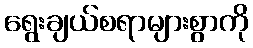
ရွေးချယ်စရာများစွာကို